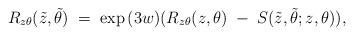
LaTeX: \begin{align*} R_{z\theta}(\tilde{z},\tilde{\theta})\;=\;\exp{(3w)} (R_{z\theta}(z,\theta)\;-\; S(\tilde{z},\tilde{\theta};z,\theta)),\end{align*}